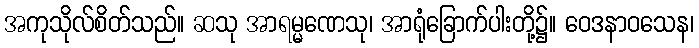
အကုသိုလ်စိတ်သည်။ ဆသု အာရမ္မဏေသု၊ အာရုံခြောက်ပါးတို့၌။ ဝေဒနာဝသေန၊